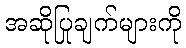
အဆိုပြုချက်များကို